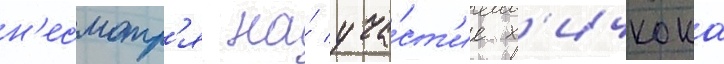
н'есмотр'я на́ уча́ст'ие х'ичкока